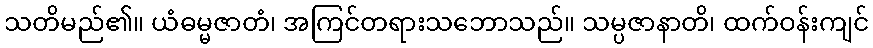
သတိမည်၏။ ယံဓမ္မဇာတံ၊ အကြင်တရားသဘောသည်။ သမ္ပဇာနာတိ၊ ထက်ဝန်းကျင်